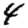
Digit: 4